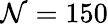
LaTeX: \mathcal{N}=150